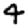
Digit: 4